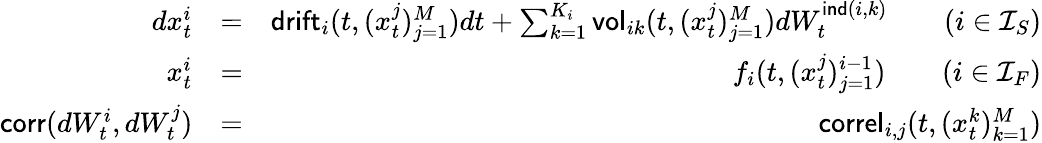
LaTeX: \begin{array}{rlr}{dx_{t}^{i}}&{=}&{\mathsf{drift}_{i}(t,(x_{t}^{j})_{j=1}^{M})dt+\sum_{k=1}^{K_{i}}\mathsf{vol}_{ik}(t,(x_{t}^{j})_{j=1}^{M})dW_{t}^{\mathsf{ind}(i,k)}\qquad(i\in{\cal I}_{S})}\\ {x_{t}^{i}}&{=}&{f_{i}(t,(x_{t}^{j})_{j=1}^{i-1})\qquad(i\in{\cal I}_{F})}\\ {\mathsf{corr}(dW_{t}^{i},dW_{t}^{j})}&{=}&{\mathsf{correl}_{i,j}(t,(x_{t}^{k})_{k=1}^{M})}\end{array}